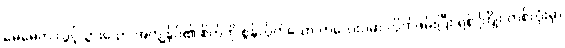
မေမေက လွင့်သွားသော အကျွန်ုပ်၏ စိတ်ကို စွန်လိုက်သော ကလေးပမာ လိုက်ဖမ်းပြီး ရစ် ကြိုး တစ်လုံးမှာ